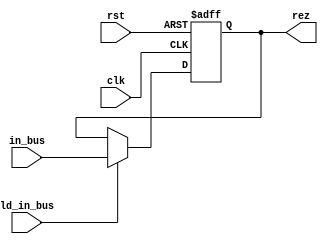
module reg_m(
  input clk, rst, ld_in_bus, 
  input [7:0] in_bus,
  output reg [7:0] rez
);
  always @ ( posedge clk or negedge rst )
    if ( !rst ) rez <= 0;
    else if ( ld_in_bus ) rez <= in_bus;
endmodule

module reg_q(
  input clk, rst, ld_in_bus, left_shift, set_lsb, lsb,
  input [7:0] in_bus,
  output reg [7:0] rez
);

  always @ ( posedge clk or negedge rst )
    if ( !rst ) rez <= 0;
      else if ( ld_in_bus ) rez <= in_bus;
      else if( left_shift ) begin
        rez <= rez << 1;
      end
      else if(set_lsb) begin
        rez[0] <= lsb;  
      end
endmodule

module reg_a(
  input clk, rst, ld_in_bus, ld_sum, left_shift, lsb,
  input [7:0] in_bus,
  input [7:0] sum,
  output reg [7:0] rez
);

  always @ ( posedge clk or negedge rst ) begin
    if ( !rst ) rez <= 0;
      else if ( ld_in_bus ) begin
       rez <= in_bus;
     end
      else if(ld_sum) begin
        rez <= sum;
      end
      else if( left_shift ) begin
        rez <= rez << 1;
        rez[0] <= lsb;
      end
    end

endmodule

module reg_out(
  input clk, rst, ld_in_bus,
  input [7:0] in1,
  input [7:0] in2,
  output reg [7:0] rez
);

reg aux;

always @ (posedge clk or negedge rst) begin
  if(!rst) begin
    rez <= 0;
    aux <= 0;
  end
  else if(ld_in_bus)
    if(aux == 0) begin
      rez <= in1;
      aux <= 1;
    end
    else begin
      rez <= in2;
      aux <= 0;
    end    
end

endmodule

module reg_sign(
  input clk, rst, ld, in,
  output reg rez
  );
  
  always @ (posedge clk or negedge rst) begin
    if(!rst)
      rez <= 0;
    else
      if(ld)
        rez <= in;
  end
  
endmodule

module reg_counter(
  input clk, rst, increment,
  output reg [2:0] rez,
  output reg count_is_7
);

always @ (posedge clk or negedge rst) begin
  if(!rst) begin
    rez <= 3'b000;
    count_is_7 <= 0;
  end
  else if(rez == 3'b111) begin
    rez <= 3'b000;
    count_is_7 <= 1;
    end
  else if(increment)
    rez <= rez + 1;
end

endmodule